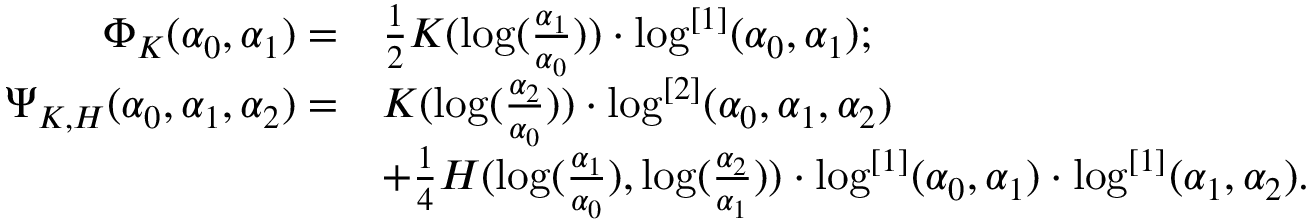
\begin{array} { r l } { \Phi _ { K } ( \alpha _ { 0 } , \alpha _ { 1 } ) = } & { \frac 1 2 K ( \log ( \frac { \alpha _ { 1 } } { \alpha _ { 0 } } ) ) \cdot \log ^ { [ 1 ] } ( \alpha _ { 0 } , \alpha _ { 1 } ) ; } \\ { \Psi _ { K , H } ( \alpha _ { 0 } , \alpha _ { 1 } , \alpha _ { 2 } ) = } & { K ( \log ( \frac { \alpha _ { 2 } } { \alpha _ { 0 } } ) ) \cdot \log ^ { [ 2 ] } ( \alpha _ { 0 } , \alpha _ { 1 } , \alpha _ { 2 } ) } \\ & { + \frac 1 4 H ( \log ( \frac { \alpha _ { 1 } } { \alpha _ { 0 } } ) , \log ( \frac { \alpha _ { 2 } } { \alpha _ { 1 } } ) ) \cdot \log ^ { [ 1 ] } ( \alpha _ { 0 } , \alpha _ { 1 } ) \cdot \log ^ { [ 1 ] } ( \alpha _ { 1 } , \alpha _ { 2 } ) . } \end{array}